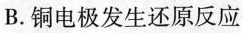
B. 铜电极发生还原反应